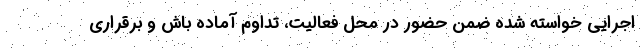
اجرایی خواسته شده ضمن حضور در محل فعالیت، تداوم آماده باش و برقراری